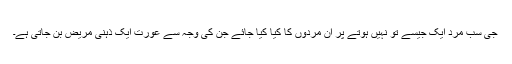
جی سب مرد ایک جیسے تو نہیں ہوتے پر ان مردوں کا کیا کیا جائے جن کی وجہ سے عورت ایک ذہنی مریض بن جاتی ہے۔